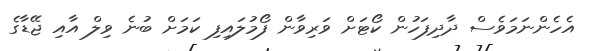
އެހެންނަމަވެސް ދާދިފަހުން ކޯޓަށް ވަރިވާން ފޯމުލައިފި ކަމަށް ބުނެ ވިލް އާއި ޖޭޑާގެ